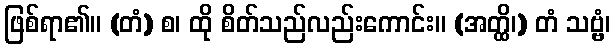
ဖြစ်ရာ၏။ (တံ) စ၊ ထို စိတ်သည်လည်းကောင်း။ (အတ္ထိ၊) တံ သဗ္ဗံ၊